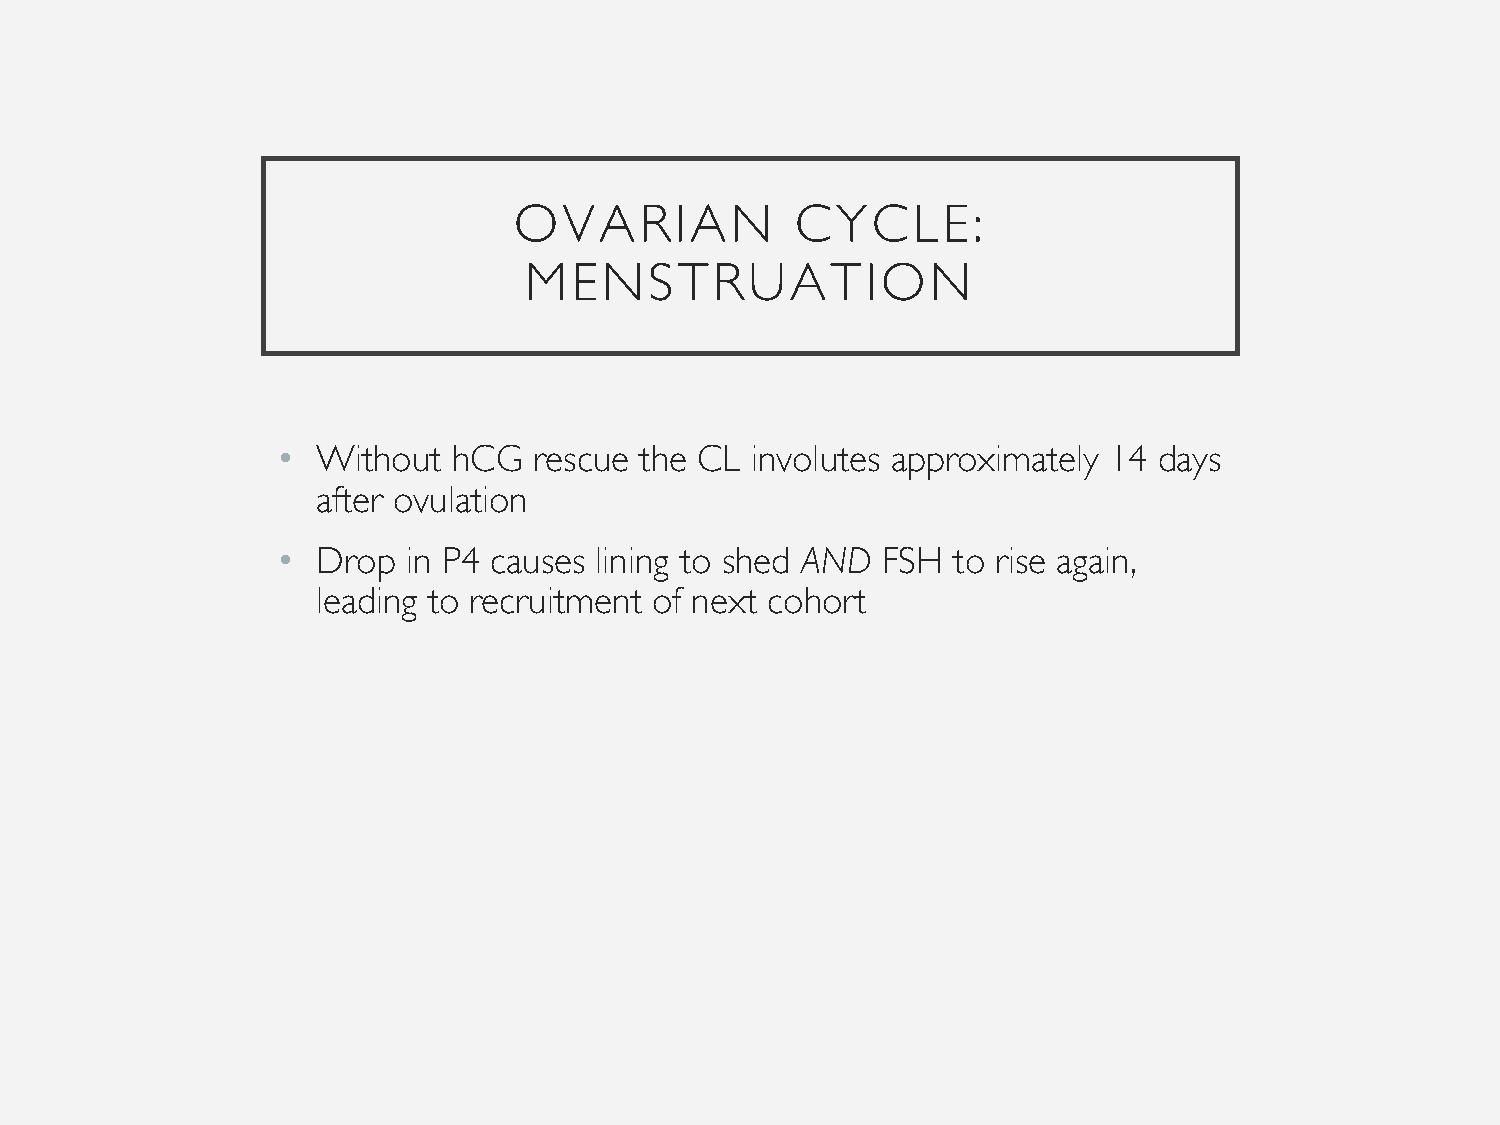
OVARIAN            CYCLE:
 MENSTRUATION
 •  Without  hCG  rescue the CL  involutes approximately 14 days
 after ovulation
 •  Drop  in P4 causes lining to shed AND FSH to rise again,
 leading to recruitment of next cohort